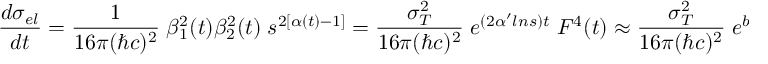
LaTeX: \frac { d \sigma _ { e l } } { d t } = \frac { 1 } { 1 6 \pi ( \hbar c ) ^ { 2 } } \; \beta _ { 1 } ^ { 2 } ( t ) \beta _ { 2 } ^ { 2 } ( t ) \; s ^ { 2 [ \alpha ( t ) - 1 ] } = \frac { \sigma _ { T } ^ { 2 } } { 1 6 \pi ( \hbar c ) ^ { 2 } } \; e ^ { ( 2 \alpha ^ { \prime } l n { s } ) t } \; F ^ { 4 } ( t ) \approx \frac { \sigma _ { T } ^ { 2 } } { 1 6 \pi ( \hbar c ) ^ { 2 } } \; e ^ { b _ { e l } ( s ) t }